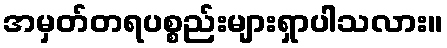
အမှတ်တရပစ္စည်းများရှာပါသလား။